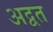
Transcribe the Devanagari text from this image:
अद्वत